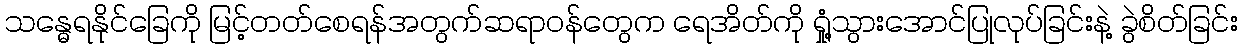
သန္ဓေရနိုင်ခြေကို မြင့်တတ်စေရန်အတွက်ဆရာဝန်တွေက ရေအိတ်ကို ရှုံ့သွားအောင်ပြုလုပ်ခြင်းနဲ့ ခွဲစိတ်ခြင်း